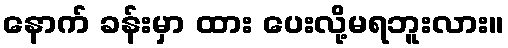
နောက် ခန်းမှာ ထား ပေးလို့မရဘူးလား။